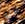
لدي